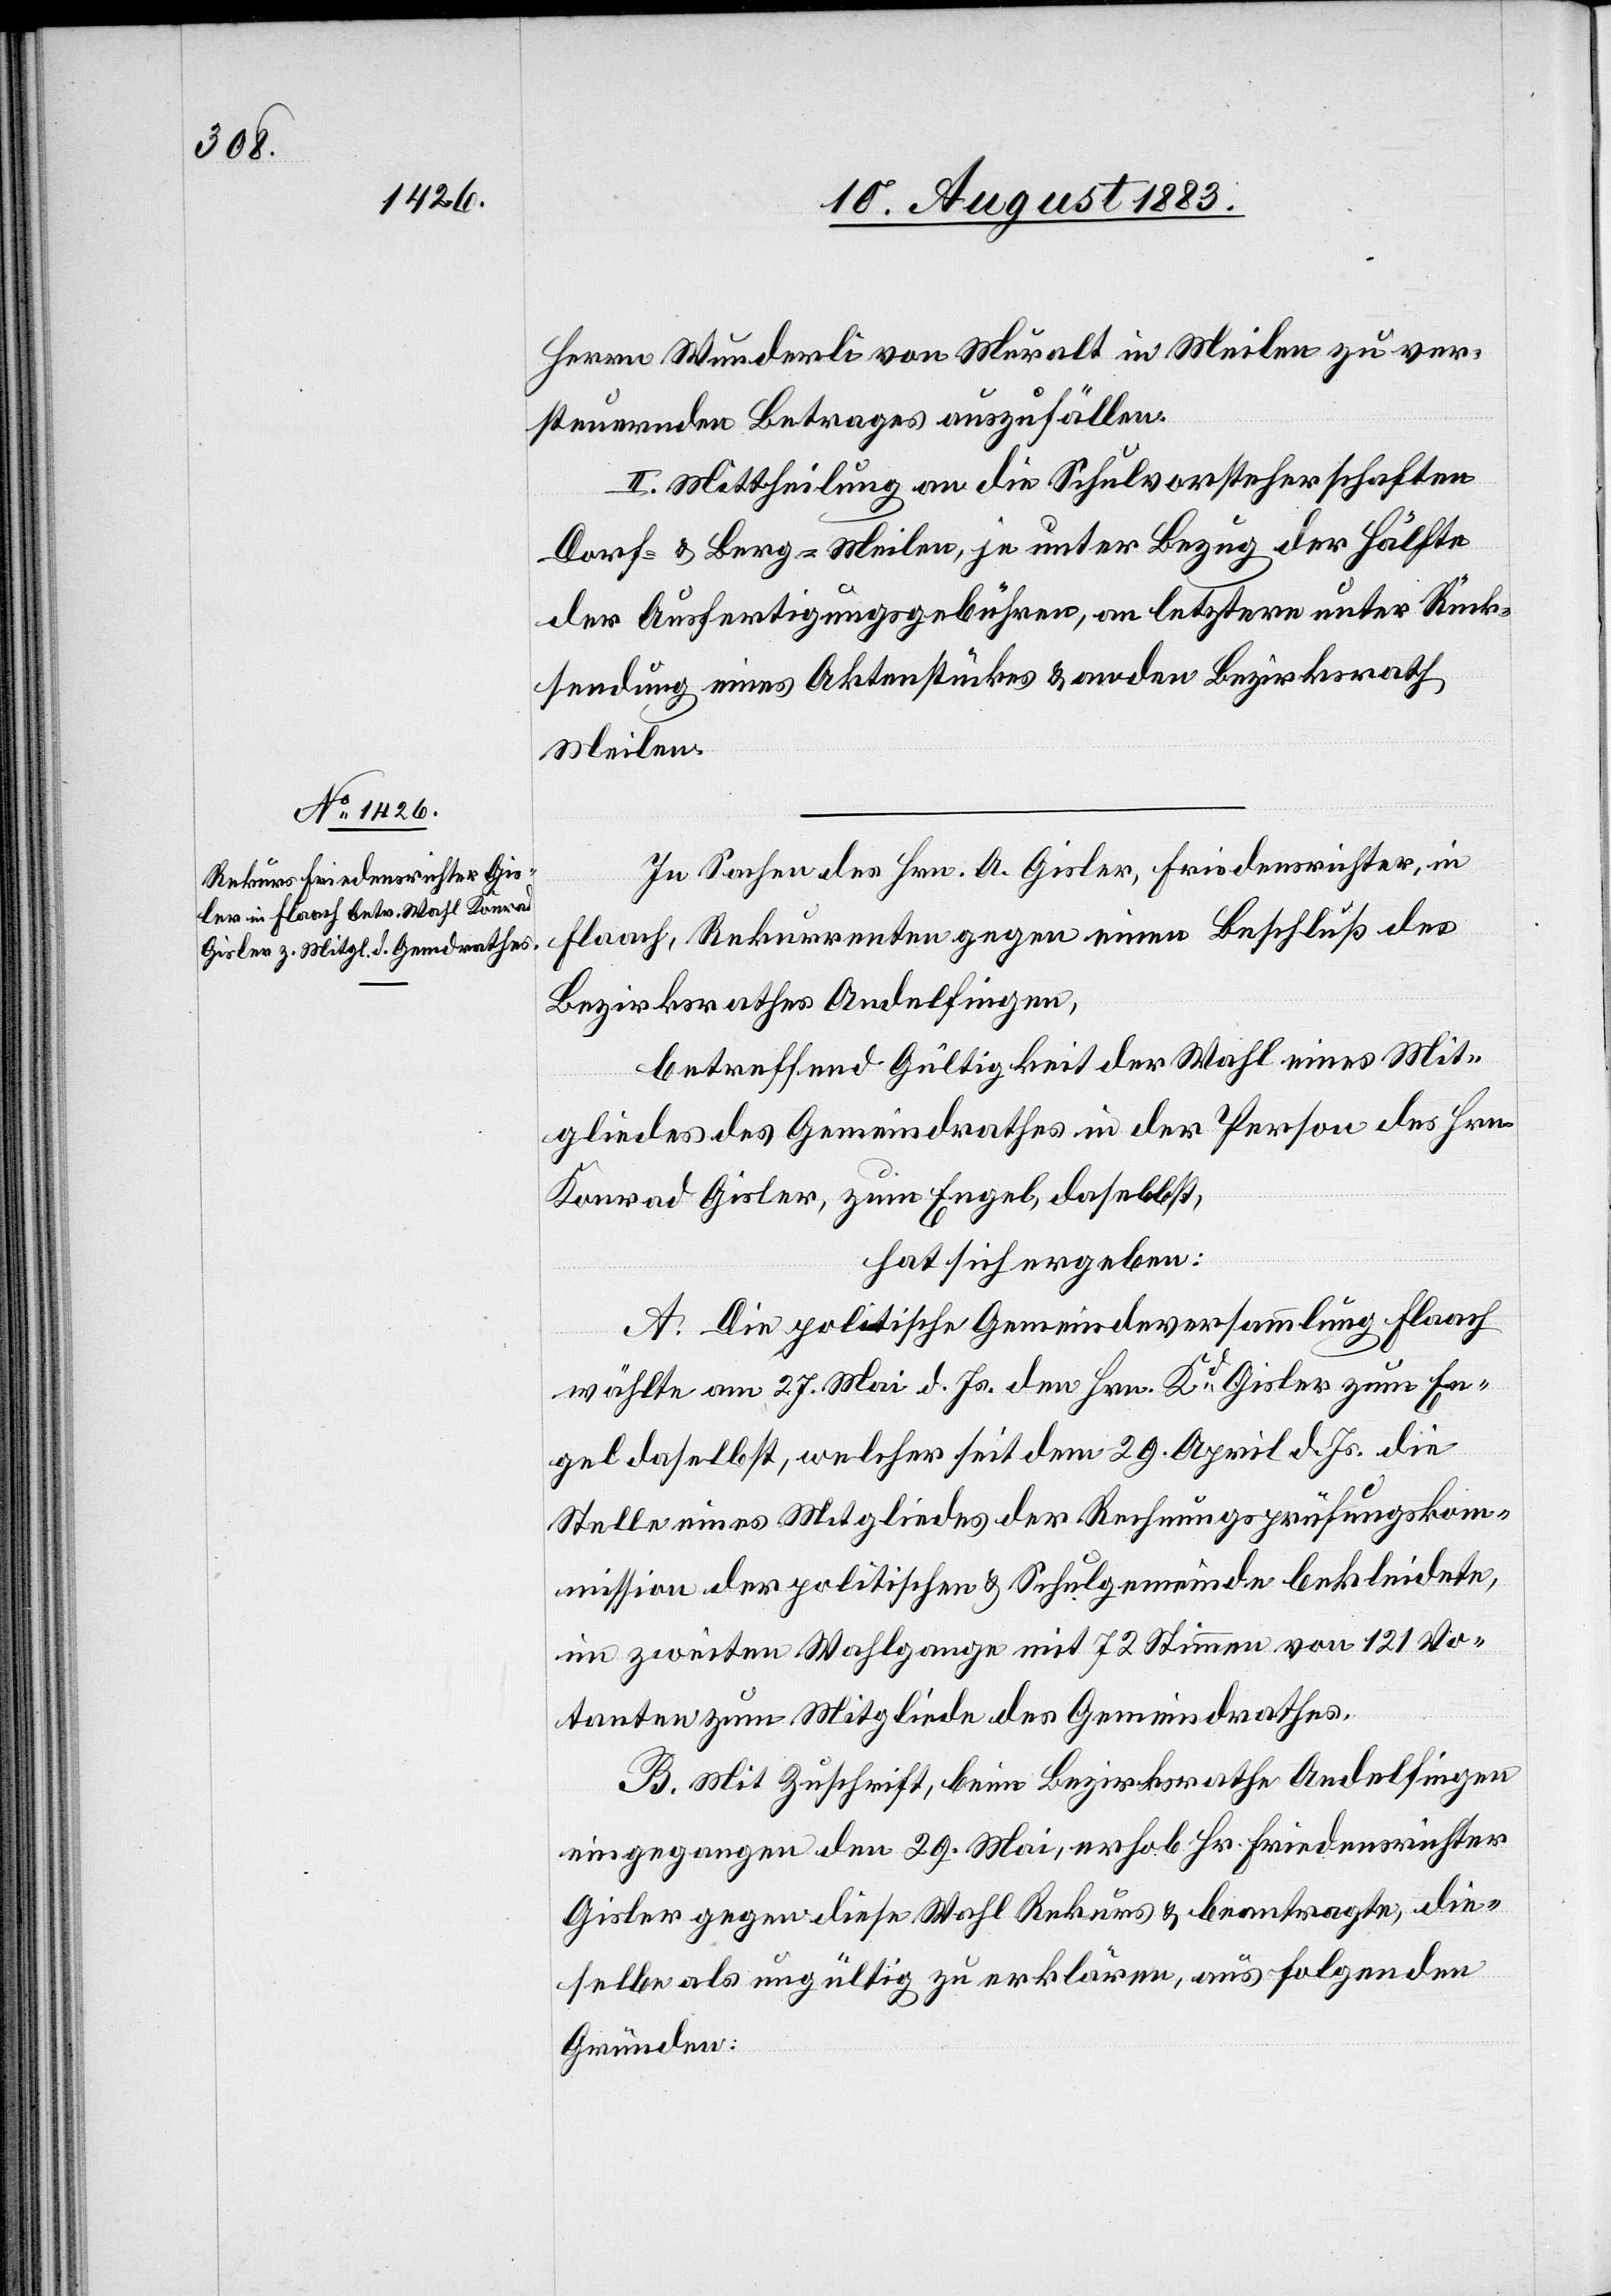
Herrn Wunderli von Muralt in Meilen zu ver¬
steuernden Betrages auszufällen.
II. Mittheilung an die Schulvorsteherschaften
Dorf - & Berg - Meilen, je unter Bezug der Hälfte
der Ausfertigungsgebühren, an letztere unter Rück¬
sendung eines Aktenstückes & an den Bezirksrath
Meilen.
In Sachen des Hrn. A. Gisler, Friedensrichter, in
Flaach, Rekurrenten gegen einen Beschluß des
Bezirksrathes Andelfingen,
betreffend Gültigkeit der Wahl eines Mit¬
gliedes des Gemeindrathes in der Person des Hrn.
Konrad Gisler, zum Engel, daselbst,
hat sich ergeben:
A. Die politische Gemeindeversammlung Flaach
wählte am 27. Mai d. Js. den Hrn. Kd Gisler zum En¬
gel daselbst, welcher seit dem 29. April d. Js. die
Stelle eines Mitgliedes der Rechnungsprüfungskom¬
mission der politischen & Schulgemeinde bekleidete,
im zweiten Wahlgange mit 72 Stimmen von 121 Vo¬
tanten zum Mitgliede des Gemeindrathes.
B. Mit Zuschrift, beim Bezirksrathe Andelfingen
eingegangen den 29. Mai, erhob Hr. Friedensrichter
Gisler gegen diese Wahl Rekurs & beantragte, die¬
selbe als ungültig zu erklären, aus folgenden
Gründen: